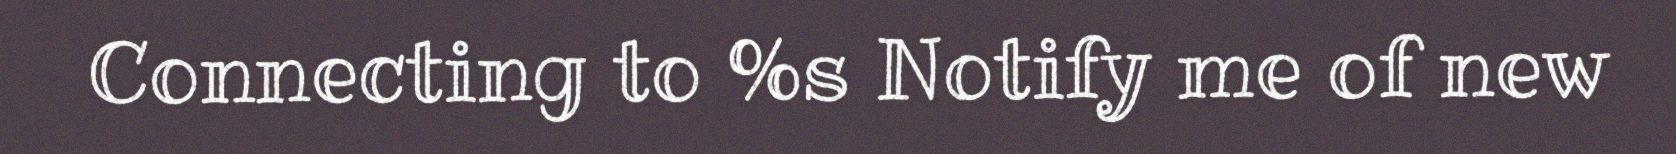
Connecting to %s Notify me of new